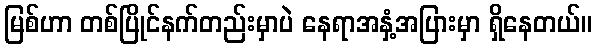
မြစ်ဟာ တစ်ပြိုင်နက်တည်းမှာပဲ နေရာအနှံ့အပြားမှာ ရှိနေတယ်။